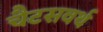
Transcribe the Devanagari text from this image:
चैटसवर्थ